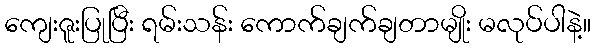
ကျေးဇူးပြုပြီး ရမ်းသန်း ကောက်ချက်ချတာမျိုး မလုပ်ပါနဲ့။